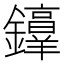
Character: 𫓜